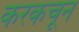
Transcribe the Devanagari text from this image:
करकचून